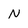
Character: N